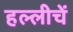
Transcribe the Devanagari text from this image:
हल्लीचें